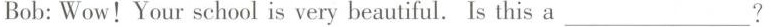
Bob: Wow!Your school is very beautiful. Is this a___?